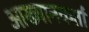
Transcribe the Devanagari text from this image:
आख्यानकर्ता